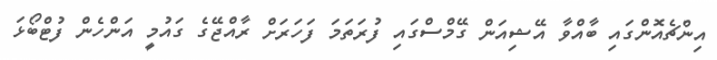
އިންޗެއޮންގައި ބާއްވާ އޭޝިއަން ގޭމްސްގައި ފުރަތަމަ ފަހަރަށް ރާއްޖޭގެ ގައުމީ އަންހެން ފުޓްބޯޅަ